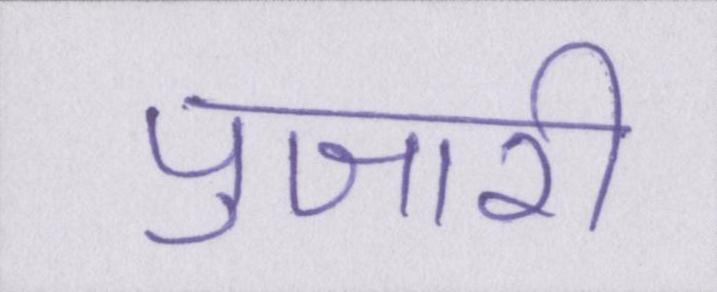
पुजारी